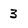
Character: 3